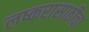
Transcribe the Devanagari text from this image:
लष्करासाठीचा